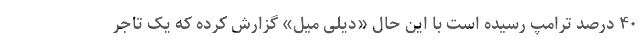
۴۰ درصد ترامپ رسیده است با این حال «دیلی میل» گزارش کرده که یک تاجر